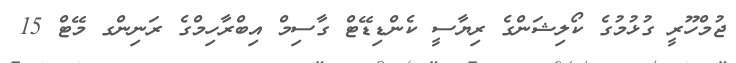
ޖުމްހޫރީ ގުޅުމުގެ ކޯލިޝަންގެ ރިޔާސީ ކެންޑިޑޭޓް ގާސިމް އިބްރާހިމްގެ ރަނިންގ މޭޓް 15